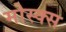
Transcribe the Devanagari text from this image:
मोस्क्स